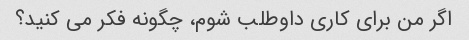
اگر من برای کاری داوطلب شوم، چگونه فکر می کنید؟